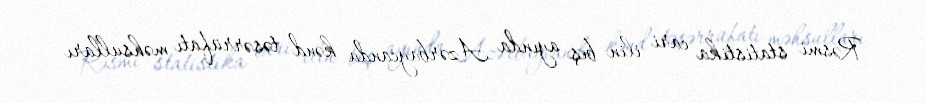
Rəsmi statistika cari ilin beş ayında Azərbaycanda kənd təsərrüfatı məhsulları